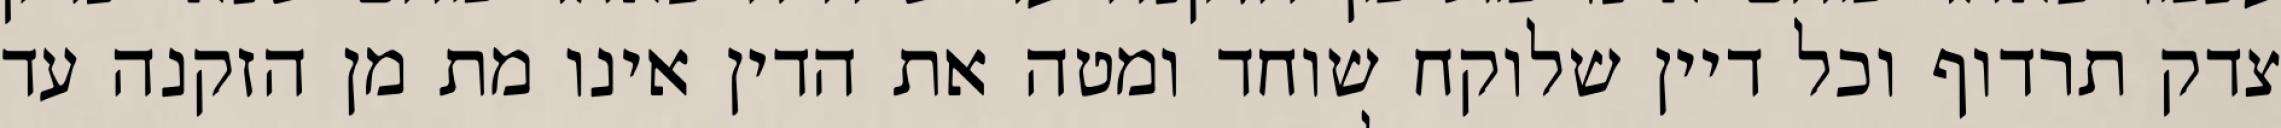
צדק תרדוף וכל דיין שלוקח שוחד ומטה את הדין אינו מת מן הזקנה עד